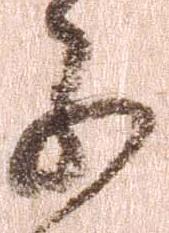
子